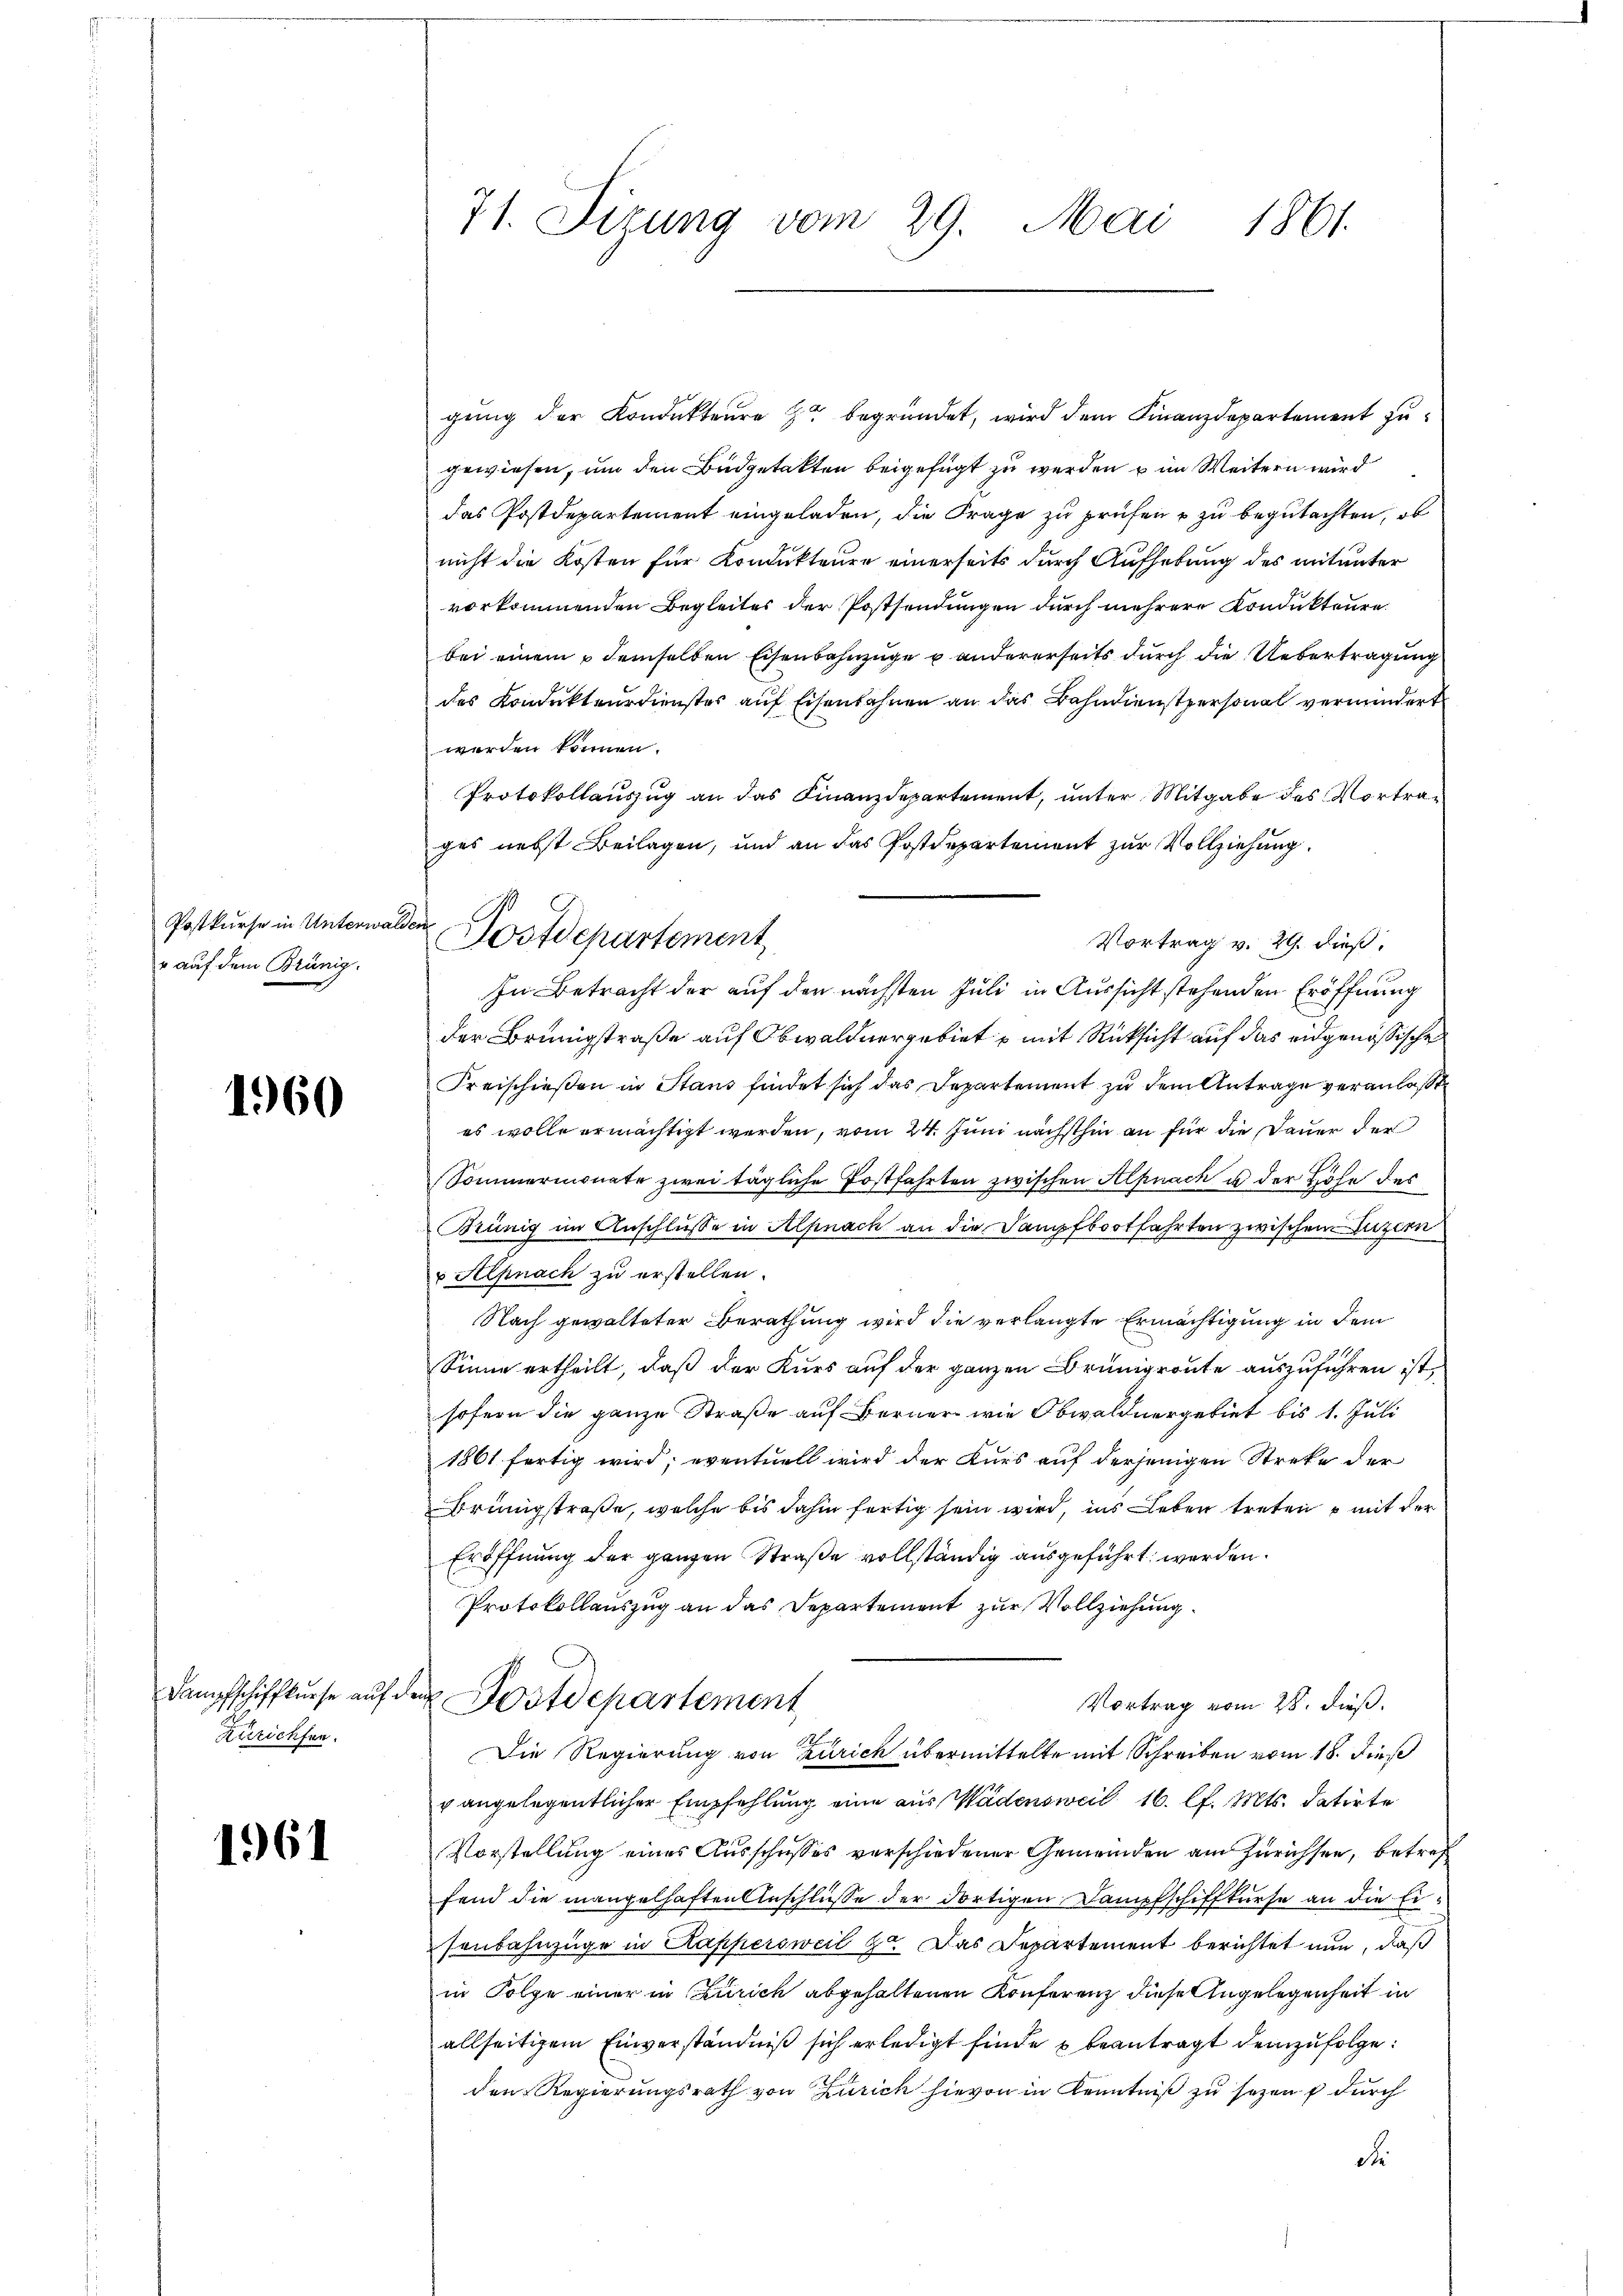
Postkurse in Unterwal¬
" auf dem Brünig.

1960

Dampfschiffkurse auf
Zürichten.

1961

71. Sizung vom 29. Mai 1861.

gung der Kondukteure Er begründet, wird dem Finanzdepartement zugewiesen, um den Büdgetakten beigefügt zu werden u im Weitern wird
das Postdepartement eingeladen, die Frage zu prüfen u zu begutachten, ob
nicht die Kosten für Kondukteure einerseits durch Aufhebung des mitunter
vorkommenden Begleites der Postsendungen durch mehrere Kondukteure.
bei einem demselben Eisenbahnzüge u andererseits durch die Uebertragung
des Kondukteurdienstes auf Eisenbahnen an das Bahndienstpersonal vermindert
werden können.
Protokollauszug an das Finanzdepartement, unter Mitgabe des Vortrages nebst Beilagen, und an das Postdepartement zur Vollziehung.
Vortrag v. 29. dieß,
In Betracht der auf den nächsten Juli in Aussicht stehenden Eröffnung
der Brünigstraße auf Obwaldnergebiet mit Rücksicht auf das eidgenössische
Freischießen in Stans findet sich das Departement zu dem Antrage veranlaßt
es wolle ermächtigt werden, vom 24. Juni nächsthin an für die Dauer der
Sommermonate zwei tägliche Postfahrten zwischen Alpnach u der Höhe des
Brünig im Anschlusse in Alpnach an die Dampfbootfahrten zwischen Luzern
u Alpnach zu erstellen.
Nach gewalteter Berathung wird die verlangte Ermächtigung in dem
Sinne ertheilt, daß der Kurs auf der ganzen Brünigroute auszuführen ist,
sofern die ganze Straße auf Berner wie Obwaldnergebiet bis 1. Juli
1861 fertig wird; eventuell wird der Kurs auf derjenigen Streke der
Brüngstraße, welche bis dahin fertig sein wird, ins Leben treten u mit der
Eröffnung der ganzen Straße vollständig ausgeführt werden.
Protokollauszug an das Departement zur Vollziehung
e Postdepartement
Vortrag vom 28. dieß.
Die Regierung von Zürich übermittelte mit Schreiben vom 18. dieß
v angelegentlicher Empfehlung eine aus Wädensweil 16. l. Mts. datirte
Vorstellung eines Ausschusses verschiedener Gemeinden am Zürichsen, betreffend die mangelhaften Anschlüsse der dortigen Dampfschiffkurse an die Eisenbahnzüge in Kappersweil 7. Das Departement berichtet nun, daß
in Folge einer in Zürich abgehaltenen Konferenz diese Angelegenheit in
allseitigem Einverständniß sich erledigt finde u beantragt demzufolge:
den Regierungsrath von Zürich hievon in Kenntniß zu sezen durch
d

der Postdepartement